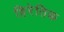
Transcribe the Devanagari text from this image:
हिरेतिक